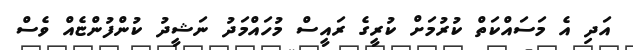
އަދި އެ މަސައްކަތް ކުރުމަށް ކުރީގެ ރައީސް މުހައްމަދު ނަޝީދު ކުންފުންޏެއް ވެސް